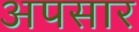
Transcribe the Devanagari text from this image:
अपसार